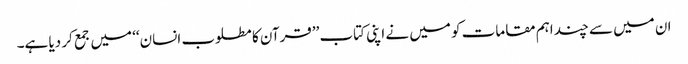
ان میں سے چند اہم مقامات کو میں نے اپنی کتاب ’’قرآن کا مطلوب انسان‘‘ میں جمع کر دیا ہے۔